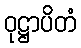
ဝုဋ္ဌာပိတံ